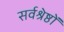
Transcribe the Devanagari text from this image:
सर्वश्रेष्ठों